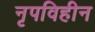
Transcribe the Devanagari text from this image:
नृपविहीन